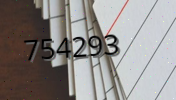
754293